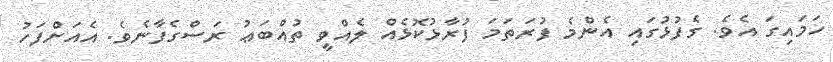
ހަމައިގަ އެވެ. ގެފުޅުގައި އެންމެ ފުރަތަމަ ފުރާޅުކޮޅެއް ލެއްވީ ތުއްބަޢު ރަސްގެފާނެވެ. އެއަށްފަހު